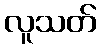
လူသတ်